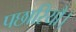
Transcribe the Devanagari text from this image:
पछारियौ।